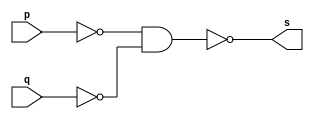
// ---------------------------
// Guia_03 - Exercicio 2
// Nome: Marco Antonio M. Belo
// ---------------------------


// ---------------------
// -- or_nand gate
// ---------------------

module or_nand_gate (s, p, q);
 output s;
 input  p,q;
 wire temp1, temp2;
 
 nand NAND1(temp1, p, p);
 nand NAND2(temp2, q, q);
 nand NAND3(s, temp1, temp2);
 
endmodule 

// ---------------------
// -- and_nand gate
// ---------------------

module and_nand_gate (s, p, q);
 output s;
 input  p,q;
 wire temp1, temp2;
 
 nand NAND1(temp1, p, q);
 nand NAND2(temp2, q, p);
 nand NAND3(s, temp1, temp2);

endmodule 

// ---------------------
// -- not_nand gate
// ---------------------

module not_nand_gate (s, p);
 output s;
 input  p;
 
 nand NAND1(s, p, p);

endmodule 

// ---------------------
// -- half adder
// ---------------------

module half_adder (s0, s1, p, q);
 output s0, s1;
 input  p,q;
 wire temp1, temp2;
 
 or_nand_gate OR_NAND1(temp1, p, q);
 and_nand_gate AND_NAND1(s1, p, q); 
 not_nand_gate NOT_NAND1(temp2, s1);
 and_nand_gate AND_NAND2(s0, temp2,temp1);
 
endmodule 

// ---------------------
// -- test half adder
// ---------------------

module meiasoma;
 reg   a, b;
 wire  s0, s1;
          // instancia
 half_adder HA1(s1, s0, a, b);
 
 initial begin:start
      a=0; b=0;
 end

          // parte principal
 initial begin:main
      $display("Exercico 2 - GUIA 03\nMarco Antonio M. Belo - 0410796\n");
      $display("Meia Soma");
      $display("\na + b = s\n");
      $monitor("%b + %b = %b%b", a, b, s0, s1);
  #1  a=0; b=1;
  #1  a=1; b=0;
  #1  a=1; b=1;

 end
endmodule // testxorgate